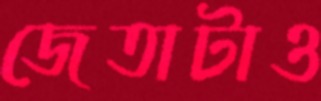
জেতাটাও